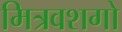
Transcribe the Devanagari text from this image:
मित्रवशगो